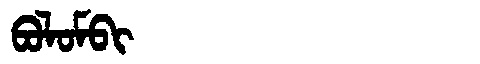
Manchu: ᠪᠣᠯᠣᠮᠪᡳ
Romanization: BOLOMBI